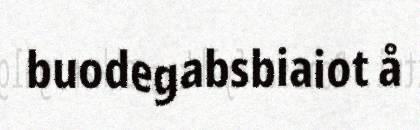
buodegabsbiaiot å